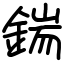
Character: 鍴